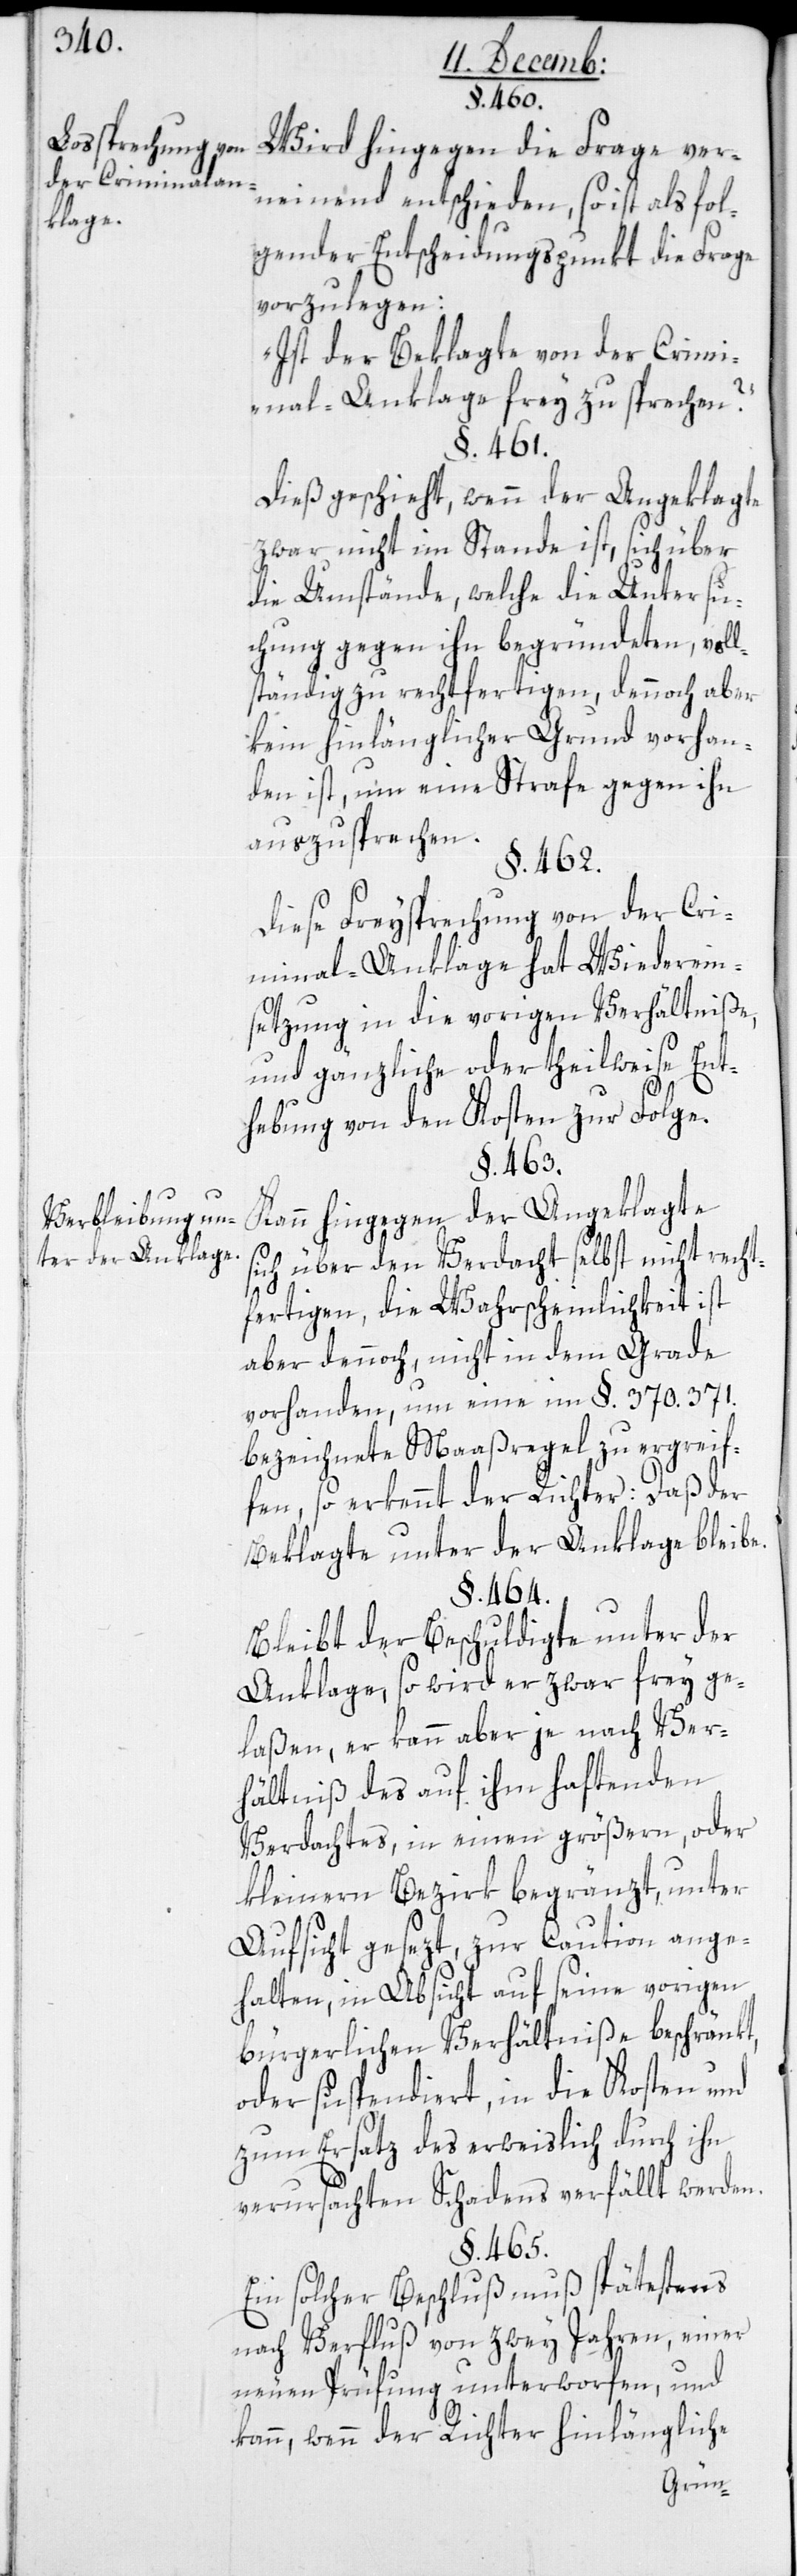
Lossprechung von
der Criminalan¬
klage.
Verbleibung un¬
ter der Anklage.

§. 460.
Wird hingegen die Frage ver¬
neinend entschieden, so ist als fol¬
gender Entscheidungspunkt die Frage
vorzulegen:
„Ist der Beklagte von der Crimi¬
nal-Anklage frey zu sprechen?“
§. 461.
Dies geschieht, wenn der Angeklagte
zwar nicht im Stande ist, sicher
die Umstände, welche die Untersu¬
chung gegen ihn begründeten, voll¬
ständig zu rechtfertigen, dennoch aber
kein hinlänglicher Grund vorhan¬
den ist, um eine Strafe gegen ihn
auszusprechen.
§. 463.
Diese Freysprechung von der Cri¬
minal-Anklage hat Wiederein¬
setzung in die vorigen Verhältniße,
und gänzliche oder theilweise Ent¬
hebung von den Kosten zur Folge.
Kann hingegen der Angeklagte
sich über den Verdacht selbst nicht recht¬
fertigen, die Wahrscheinlichkeit ist
aber dennoch, nicht in dem Grade
vorhanden, um eine im §. 370. 371.
bezeichnete Maßregel zu ergrei¬
fen, so erkennt der Richter: Daß der
Beklagte unter der Anklage bleibe.
§. 464.
Bleibt der Beschuldigte unter der
Anklage, so wird er zwar frey ge¬
laßen, er kann aber je nach Ver¬
hältniß des auf ihm haftenden
Verdachtes, in einen größern oder
Aufsicht gesezt, zur Caution ange¬
halten, in Absicht auf seine vorigen
bürgerlichen Verhältniße beschränkt,
oder suspendiert, in die Kosten und
zum Ersatz des erweislich durch ihn
verursachten Schadens verfällt werden.
§. 465.
Ein solcher Beschluß muß spätestens
nach Verfluß von zwey Jahren, einer
neuen Prüfung unterworfen, und
kann, wenn der Richter hinlängliche